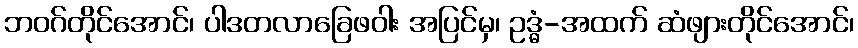
ဘဝဂ်တိုင်အောင်၊ ပါဒတလာခြေဖဝါး အပြင်မှ၊ ဥဒ္ဓံ-အထက် ဆံဖျားတိုင်အောင်၊